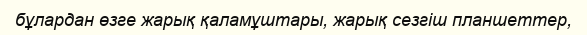
бұлардан өзге жарық қаламұштары, жарық сезгіш планшеттер,